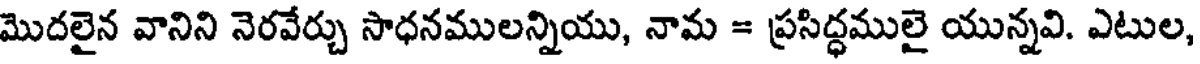
మొదలైన వానిని నెరవేర్చు సాధనములన్నియు, నామ = ప్రసిద్ధములై యున్నవి. ఎటుల,